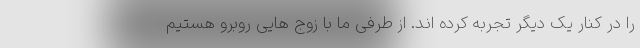
را در کنار یک دیگر تجربه کرده اند. از طرفی ما با زوج هایی روبرو هستیم